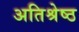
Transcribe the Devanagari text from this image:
अतिश्रेष्‍ठ